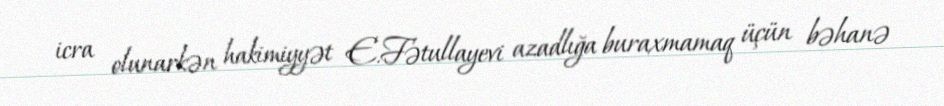
icra olunarkən hakimiyyət E.Fətullayevi azadlığa buraxmamaq üçün bəhanə